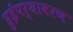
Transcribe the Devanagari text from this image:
हुईंपर्यावरण